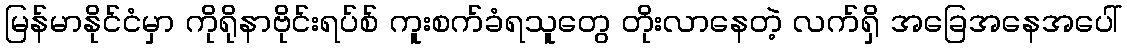
မြန်မာနိုင်ငံမှာ ကိုရိုနာဗိုင်းရပ်စ် ကူးစက်ခံရသူတွေ တိုးလာနေတဲ့ လက်ရှိ အခြေအနေအပေါ်